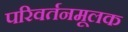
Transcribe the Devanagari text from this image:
परिवर्तनमूलक